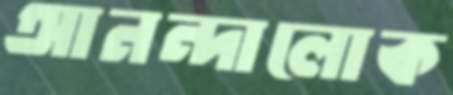
আনন্দালোক